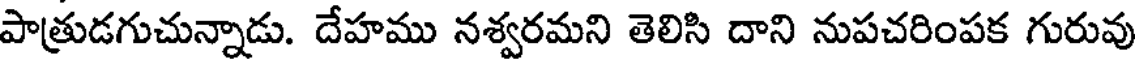
పాత్రుడగుచున్నాడు. దేహము నశ్వరమని తెలిసి దాని నుపచరింపక గురువు